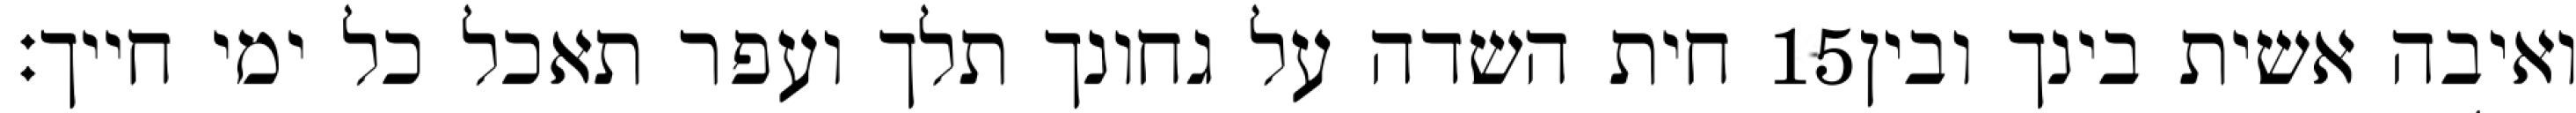
חית השדה על גחונך תלך ועפר תאכל כל ימי חייך׃ ‎15‏ ואיבה אשית בינך ובין